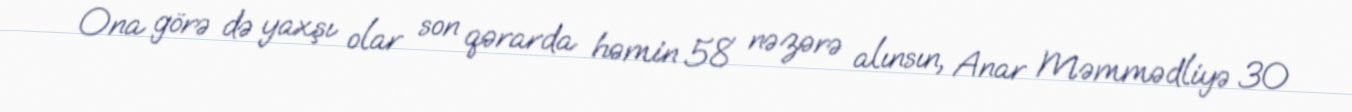
Ona görə də yaxşı olar son qərarda həmin 58 nəzərə alınsın, Anar Məmmədliyə 30